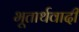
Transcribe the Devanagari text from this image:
भूतार्थवादी